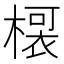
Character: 𭫡